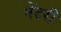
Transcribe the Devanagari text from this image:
मेंदरी